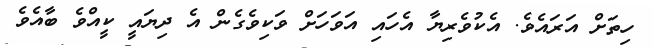
ހިތަށް އަރައެވެ. އެކުވެރިޔާ އެހައި އަވަހަށް ވަކިވެގެން އެ ދިޔައީ ކީއްވެ ބާއެވެ